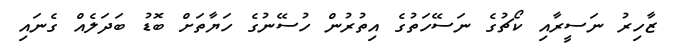
ޒާހިރު ނަސީރާއި ކޯޗުގެ ނަސޭހަތުގެ އިތުރުން ހުސޭނުގެ ހަޔާތަށް ބޮޑު ބަދަލެއް ގެނައި